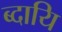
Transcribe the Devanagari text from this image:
ब्दायि